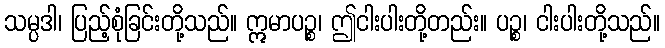
သမ္ပဒါ၊ ပြည့်စုံခြင်းတို့သည်။ ဣမာပဉ္စ၊ ဤငါးပါးတို့တည်း။ ပဉ္စ၊ ငါးပါးတို့သည်။